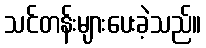
သင်တန်းများပေးခဲ့သည်။